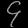
Digit: ၄